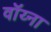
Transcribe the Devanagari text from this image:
वॉय्ना